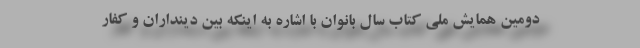
دومین همایش ملی کتاب سال بانوان با اشاره به اینکه بین دینداران و کفار